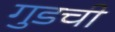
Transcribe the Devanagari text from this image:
गुडची